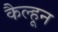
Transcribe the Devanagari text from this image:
कैल्हून